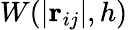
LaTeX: W(\left|\mathbf{r}_{ij}\right|,h)